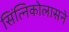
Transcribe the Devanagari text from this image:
सिंत्निकोलासने